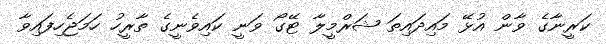
ކަރީނާގެ ވާން އުޅޭ މައިދައިތަ ޝަރްމީލާ ޓޭގޯ ވަނީ ކައިވެނީގެ ތާރީހު ހަމަޖެހިފައިވާ